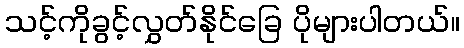
သင့်ကိုခွင့်လွှတ်နိုင်ခြေ ပိုများပါတယ်။